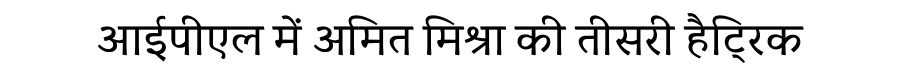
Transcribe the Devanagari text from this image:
आईपीएल में अमित मिश्रा की तीसरी हैट्रिक